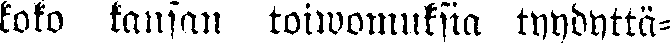
koko kansan toiwomuksia tyydyttä-